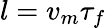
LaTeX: l=v_{m}\tau_{f}